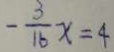
- \frac { 3 } { 1 6 } x = 4